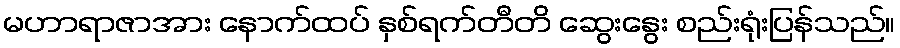
မဟာရာဇာအား နောက်ထပ် နှစ်ရက်တီတိ ဆွေးနွေး စည်းရုံးပြန်သည်။